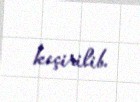
keçirilib.